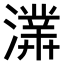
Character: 𤀾